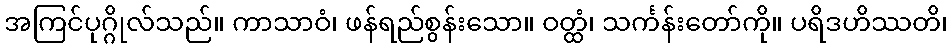
အကြင်ပုဂ္ဂိုလ်သည်။ ကာသာဝံ၊ ဖန်ရည်စွန်းသော။ ဝတ္ထံ၊ သင်္ကန်းတော်ကို။ ပရိဒဟိဿတိ၊